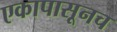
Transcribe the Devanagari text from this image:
एकापासूनच